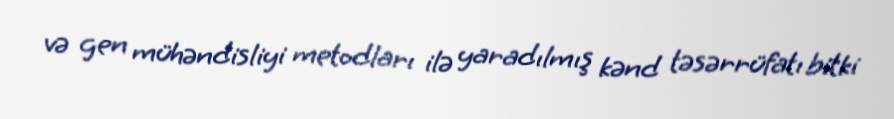
və gen mühəndisliyi metodları ilə yaradılmış kənd təsərrüfatı bitki